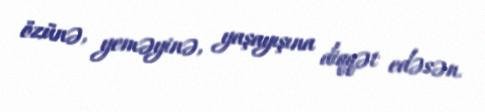
özünə, yeməyinə, yaşayışına diqqət edəsən.